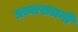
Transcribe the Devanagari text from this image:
प्रत्याख्यानी